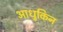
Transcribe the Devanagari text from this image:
आधुकिन